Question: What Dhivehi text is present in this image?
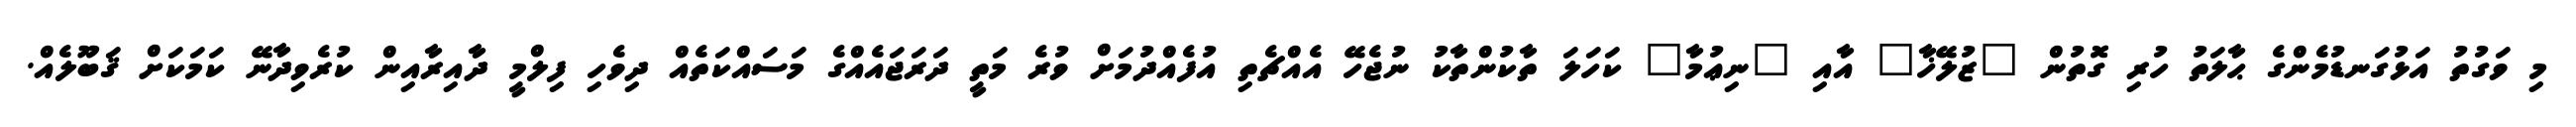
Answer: މި ވަގުތު އަޅުގަނޑުމެންގެ ޙާލަތު ހުރި ގޮތުން "ޒުލޭޚާ" އާއި "ނިޢުމާ" ކަހަލަ ތާކުންތާކު ނުޖެހޭ އެއްޗެތި އުފެއްދުމަށް ވުރެ މަތީ ދަރަޖައެއްގެ މަސައްކަތެއް ދިވެހި ފިލްމީ ދާއިރާއިން ކުރެވިދާނޭ ކަމަކަށް ޤަބޫލެއް.